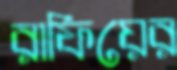
রাফিয়ের